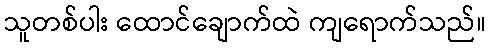
သူတစ်ပါး ထောင်ချောက်ထဲ ကျရောက်သည်။